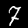
Label: 7